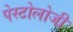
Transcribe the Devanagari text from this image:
पेस्टोलोजी